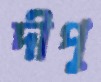
দীপু